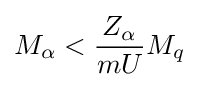
M_{\alpha }<{\frac {Z_{\alpha }}{mU}}M_{q}